Ajakirja_Uliopilasleht_toimetus, lk 34
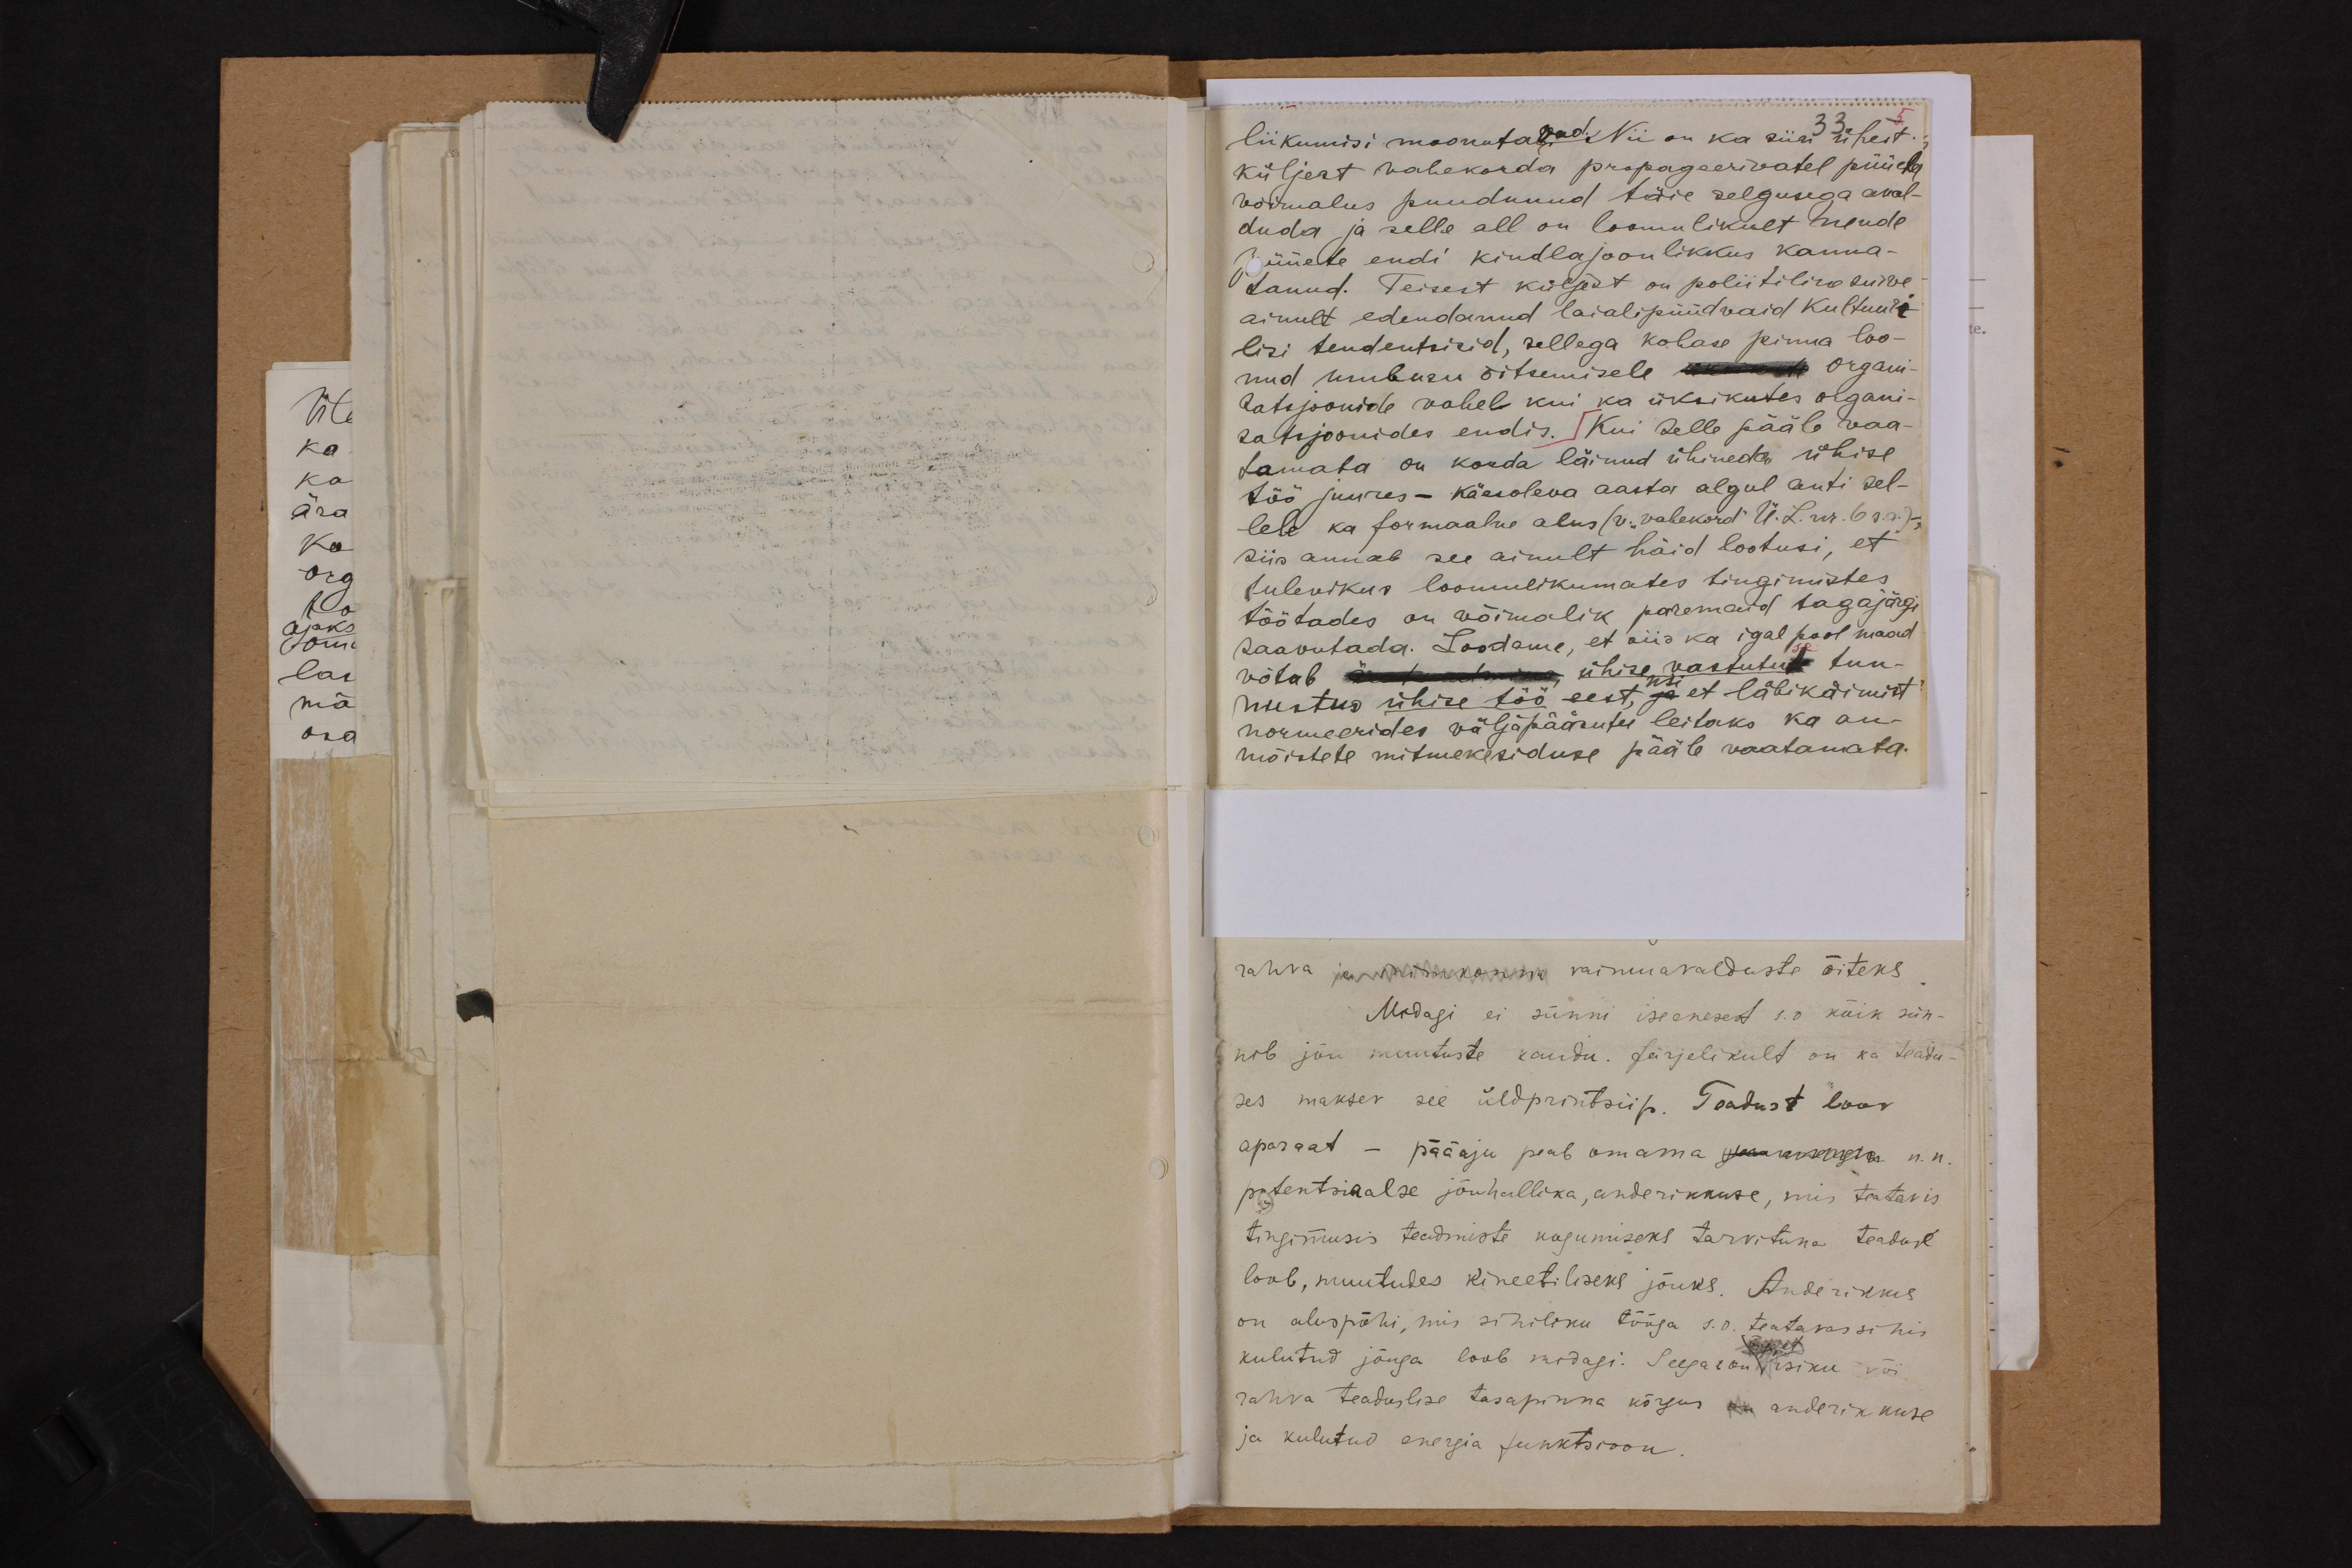
33
liikumisi moonutavad. Nii on ka siin ühest-
küljest vahekorda propageerivatel püüda
võimalus puudunud täie selgusega aval-
duda ja selle all on loomulikult nende
püüete endi kindlajoonlikkus kanna-
tanud. Teisest küljest on poliitiline surve
ainult edendanud laialipüüdvaid kultuuri
lisi tendentsisid, sellega kohase pinna loo-
nud umbusu õitsemisele üksikmete organi-
datsjoonide vahel kui ka üksikutes organi-
satsjoonides endis. Kui selle pääle vaa-
tamata on korda läinud ühineda ühise
töö juures - käesoleva aasta algul anti sel-
lele ka formaalne alus (v. "vahekord" Ü.L. nr. 6 s.a.)
Siis annab see ainult häid lootusi, et
tulevikus loomulikumates tingimistes
töötades on võimalik paremaid tagajärgi
saavutada. Loodame, et siis ka igal pool maad
võtab äratundmine ühise vastutuse tun-
nustus ühise töö eest, ja et läbikäimist
normeerides väljapääsutee leitaks ka au-
mõistete mitmekesiduse pääle vaatamata.